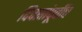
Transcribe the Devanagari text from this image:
दिवसांपूर्वीच